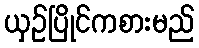
ယှဉ်ပြိုင်ကစားမည်